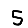
Digit: 5